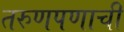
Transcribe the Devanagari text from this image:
तरुणपणाची